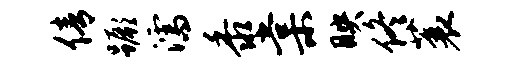
倩蹶濡黍棠映佟蓑